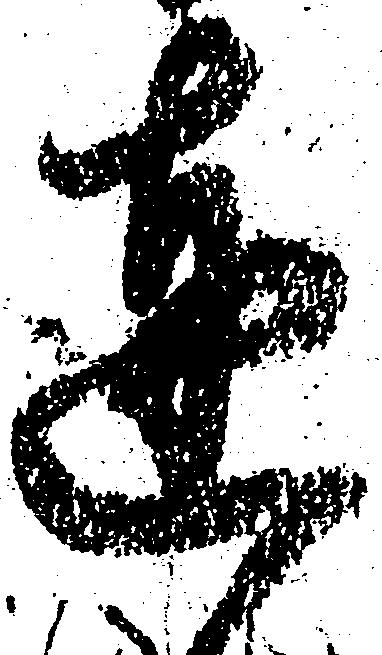
達